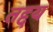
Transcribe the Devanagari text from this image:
तद्दय